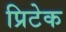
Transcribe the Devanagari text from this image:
प्रिटेक